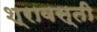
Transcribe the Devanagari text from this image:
श्रावस्‍ती